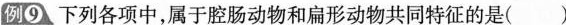
例⑨下列各项中，属于腔肠动物和扁形动物共同特征的是()